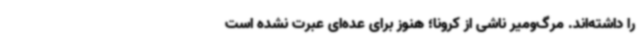
را داشته‌اند. مرگ‌ومیر ناشی از کرونا؛ هنوز برای عده‌ای عبرت نشده است